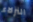
النزلاء